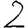
Digit: 2